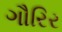
ગૌરિર